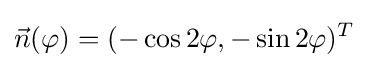
{\vec {n}}(\varphi )=(-\cos 2\varphi ,-\sin 2\varphi )^{T}